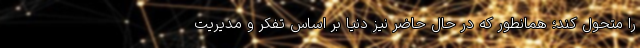
را متحول کند؛ همانطور که در حال حاضر نیز دنیا بر اساس تفکر و مدیریت